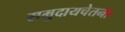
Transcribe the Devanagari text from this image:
समुदायचेतना